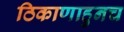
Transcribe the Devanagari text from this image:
ठिकाणाहुनच